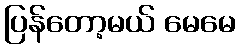
ပြန်တော့မယ် မေမေ